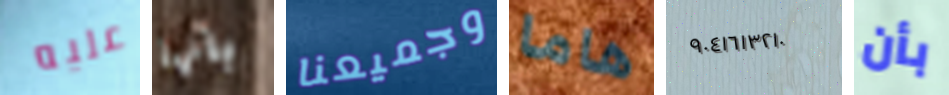
عليه بانها وجميعنا هاما ٩٠٤١٦١٣٢١٠ بأن